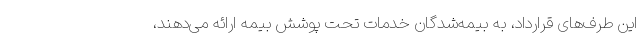
این طرف‌های قرارداد، به بیمه‌شدگان خدمات تحت پوشش بیمه ارائه می‌دهند،